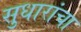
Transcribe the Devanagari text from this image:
सुधारांचा